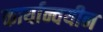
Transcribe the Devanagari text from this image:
कार्यान्वयीन